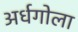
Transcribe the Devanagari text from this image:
अर्धगोला